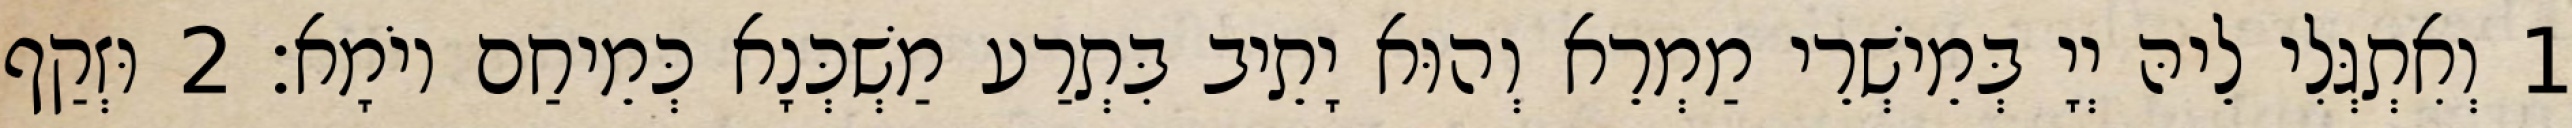
1 וְאִתְגְּלִי לֵיהּ יְיָ בְּמֵישְׁרֵי מַמְרֵא וְהוּא יָתֵיב בִּתְרַע מַשְׁכְּנָא כְּמֵיחַם יוֹמָא׃ 2 וּזְקַף